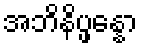
အဘိနိပ္ဖန္နော